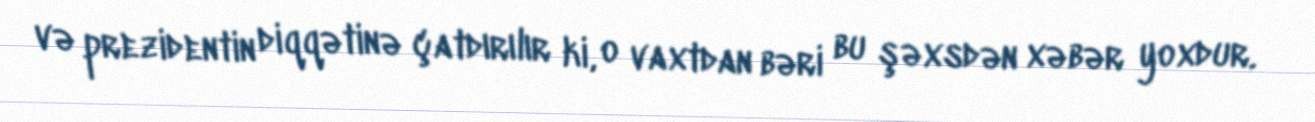
və prezidentin diqqətinə çatdırılır ki, o vaxtdan bəri bu şəxsdən xəbər yoxdur.